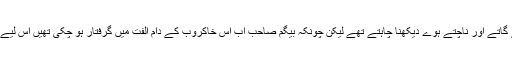
بیگم صاحب کے عاشق ان کو پھر سے اسی لگن سے گاتے اور ناچتے ہوے دیکھنا چاہتے تھے لیکن چونکہ بیگم صاحب اب اس خاکروب کے دام الفت میں گرفتار ہو چکی تھیں اس لیے ان کا شاہکار ناچ گانا صرف اسی کے لیۓ وقف تھا۔